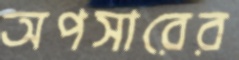
অপসারের